Plague in India, 1896, 1897 - Volume 2
Year: 1896
Disease focus: Plague
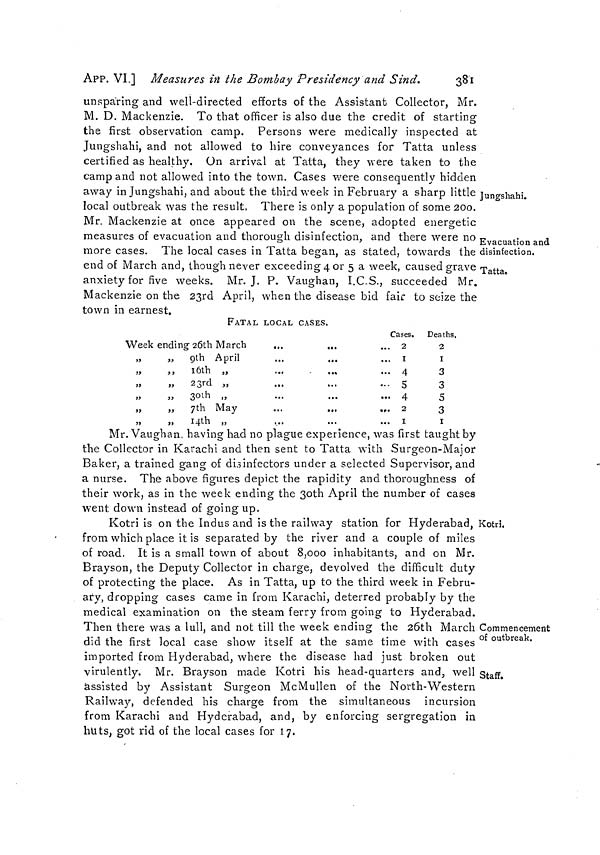
APP. VI.] Measures in the Bombay Presidency and Sind.
381
Jungshahi.
unsparing and well-directed efforts of the Assistant Collector, Mr.
M. D. Mackenzie. To that officer is also due the credit of starting
the first observation camp. Persons were medically inspected at
Jungshahi, and not allowed to hire conveyances for Tatta unless
certified as healthy, On arrival at Tatta, they were taken to the
camp and not allowed into the town. Cases were consequently hidden
away in Jungshahi, and about the third week in February a sharp little
local outbreak was the result, There is only a population of some 200.
Mr. Mackenzie at once appeared on the scene, adopted energetic
Evacuation and
disinfection.
measures of evacuation and thorough disinfection, and there were no
more cases. The local cases in Tatta began, as stated, towards the
Tatta
end or March and, though never exceeding 4 or 5 a week, caused grave
anxiety for five weeks. Mr. J. P. Vaughan, I.C.S., succeeded Mr.
Mackenzie on the 23rd April, when the disease bid fair to seize the
town in earnest,
FATAL LOCAL CASES.
Week ending 26th March
...
...
„
„ 9th April
...
...
„
,, 16th „
„
„ 23rd )}
.6.
>.
„
„ 30th »
„ 7th May
„
„ I4th „
Cases.
. 2
.
I
• 4
• 5
,. 4
. 2
. 1
Deaths.
2
I
3
3
5
3
1
Mr. Vaughan, having had no plague experience, was first taught by
the Collector in Karachi and then sent to Tatta with Surgeon-Major
Baker, a trained gang of disinfectors under a selected Supervisor, and
a nurse. The above figures depict the rapidity and thoroughness of
their work, as in the week ending the 3oth April the number of cases
went down instead of going up.
Kotri.
Kotri is on the Indus and is the railway station for Hyderabad,
from which place it is separated by the river and a couple of miles
of road. It is a small town of about 8,000 inhabitants, and on Mr.
Brayson, the Deputy Collector in charge, devolved the difficult duty
of protecting the place. As in Tatta, up to the third week in Febru-
ary, dropping cases came in from Karachi, deterred probably by the
medical examination on the steam ferry from going to Hyderabad.
Commencement
of outbreak.
Then there was a lull, and not till the week ending the 26th March
did the first local case show itself at the same time with cases
imported from Hyderabad, where the disease had just broken out
Staff.
virulently. Mr. Brayson made Kotri his head-quarters and, well
assisted by Assistant Surgeon McMullen of the North-Western
Railway, defended his charge from the simultaneous incursion
from Karachi and Hyderabad, and, by enforcing sergregation in
huts, got rid of the local cases for 17.